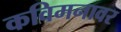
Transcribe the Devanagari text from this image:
कविमनावर